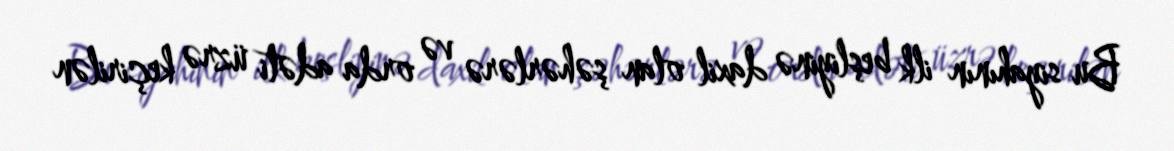
Bu siyahının ilk beşliyinə daxil olan şəhərlərə və orda adəti üzrə keçirilən